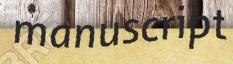
manuscript